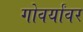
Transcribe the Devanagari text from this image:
गोवर्यांवर